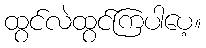
ထွင်လဲထွင်ကြပါပေ့။